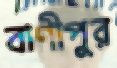
বাণীপুর